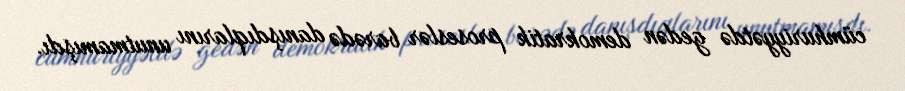
cümhuriyyətdə gedən demokratik proseslər barədə danışdıqlarını unutmamışdı.